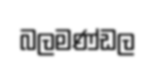
බලමණ්ඩල